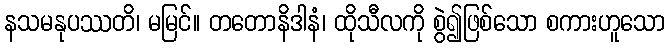
နသမနုပဿတိ၊ မမြင်။ တတောနိဒါနံ၊ ထိုသီလကို စွဲ၍ဖြစ်သော စကားဟူသော